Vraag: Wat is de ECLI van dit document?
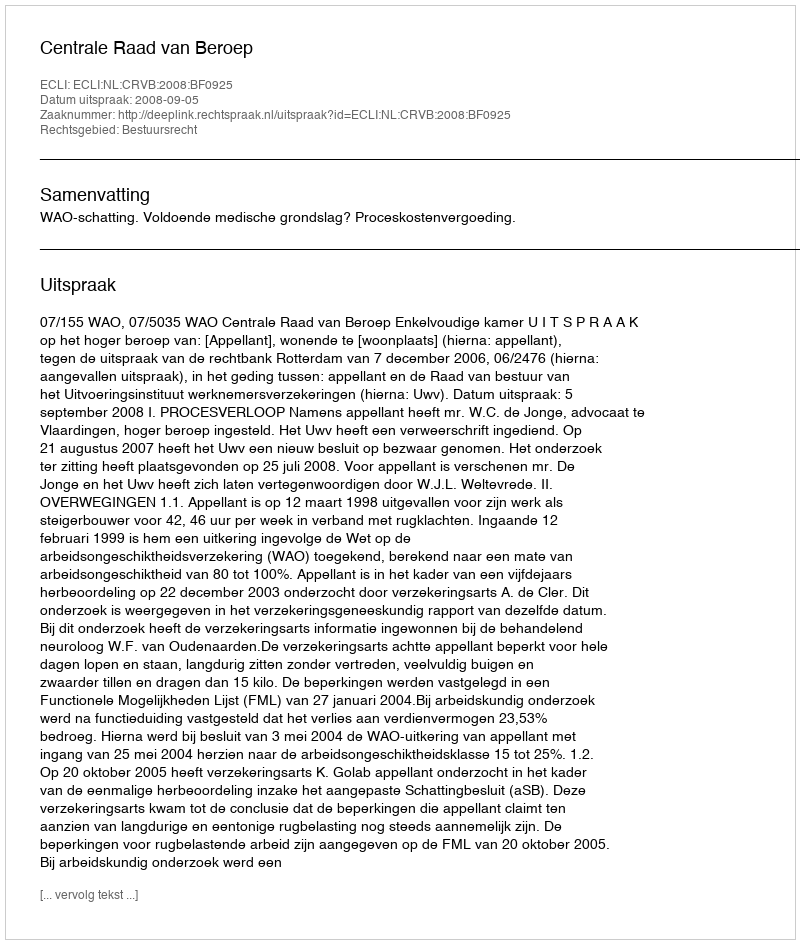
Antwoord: ECLI:NL:CRVB:2008:BF0925